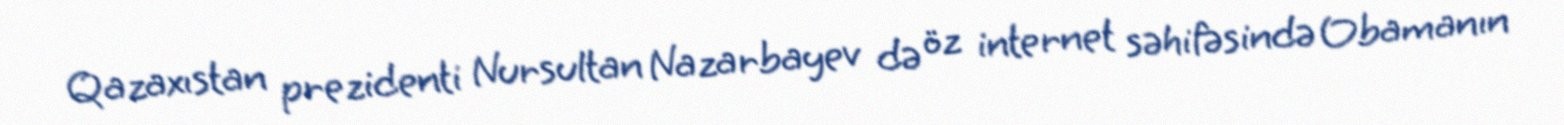
Qazaxıstan prezidenti Nursultan Nazarbayev də öz internet səhifəsində Obamanın